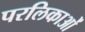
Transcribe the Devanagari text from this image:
परलिकाओं